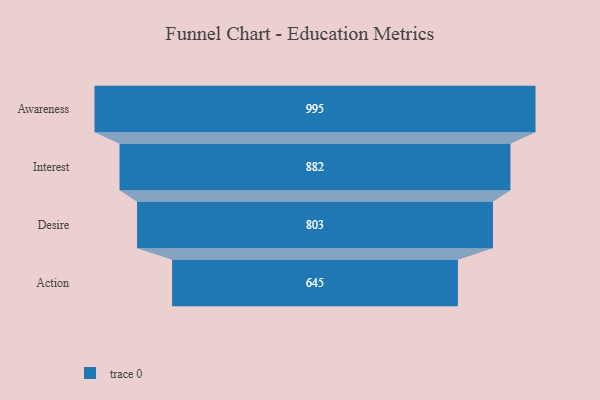
{"axis": {"x": "Stage", "y": "Value"}, "legend": [""], "data": [{"x": "Awareness", "y": 995.0, "type": ""}, {"x": "Interest", "y": 882.0, "type": ""}, {"x": "Desire", "y": 803.0, "type": ""}, {"x": "Action", "y": 645.0, "type": ""}]}